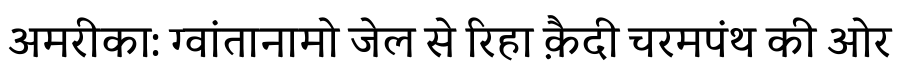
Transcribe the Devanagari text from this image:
अमरीका: ग्वांतानामो जेल से रिहा क़ैदी चरमपंथ की ओर